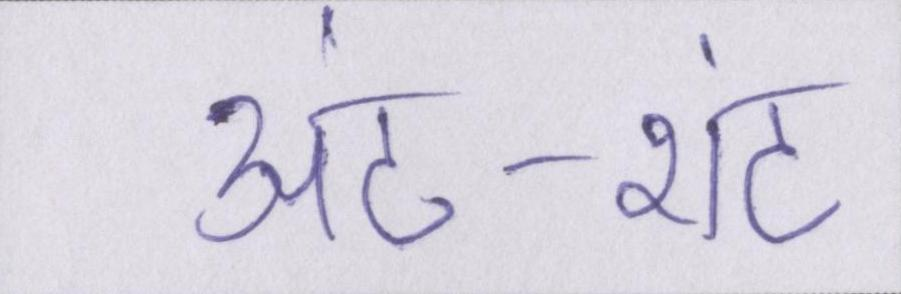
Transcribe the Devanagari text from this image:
अंट-शंट